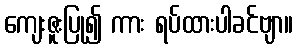
ကျေးဇူးပြု၍ ကား ရပ်ထားပါခင်ဗျာ။